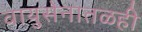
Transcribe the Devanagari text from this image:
वायुसेनातळही